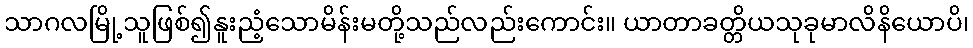
သာဂလမြို့သူဖြစ်၍နူးညံ့သောမိန်းမတို့သည်လည်းကောင်း။ ယာတာခတ္တိယသုခုမာလိနိယောပိ၊